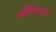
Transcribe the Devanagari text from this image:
बाँधियत